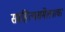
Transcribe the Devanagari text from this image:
साहित्यसंमेलनाचा